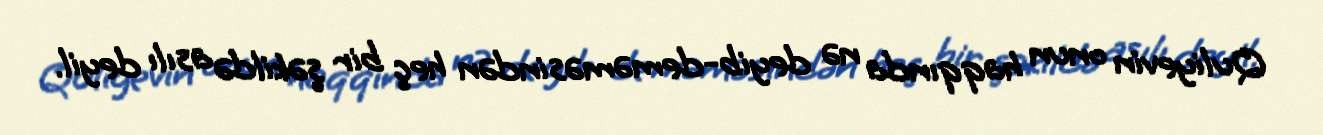
Quliyevin onun haqqında nə deyib-deməməsindən heç bir şəkildə asılı deyil.